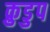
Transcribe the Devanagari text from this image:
क्रुडुप